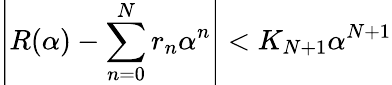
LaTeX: \left|R(\alpha)-\sum_{n=0}^{N}r_{n}\alpha^{n}\right|<K_{N+1}\alpha^{N+1}